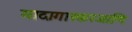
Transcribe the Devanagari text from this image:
मादागास्करआणि